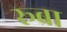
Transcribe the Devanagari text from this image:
रूब्रा